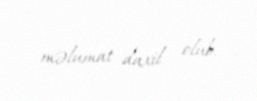
məlumat daxil olub.